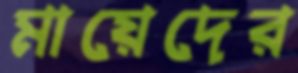
মায়েদের